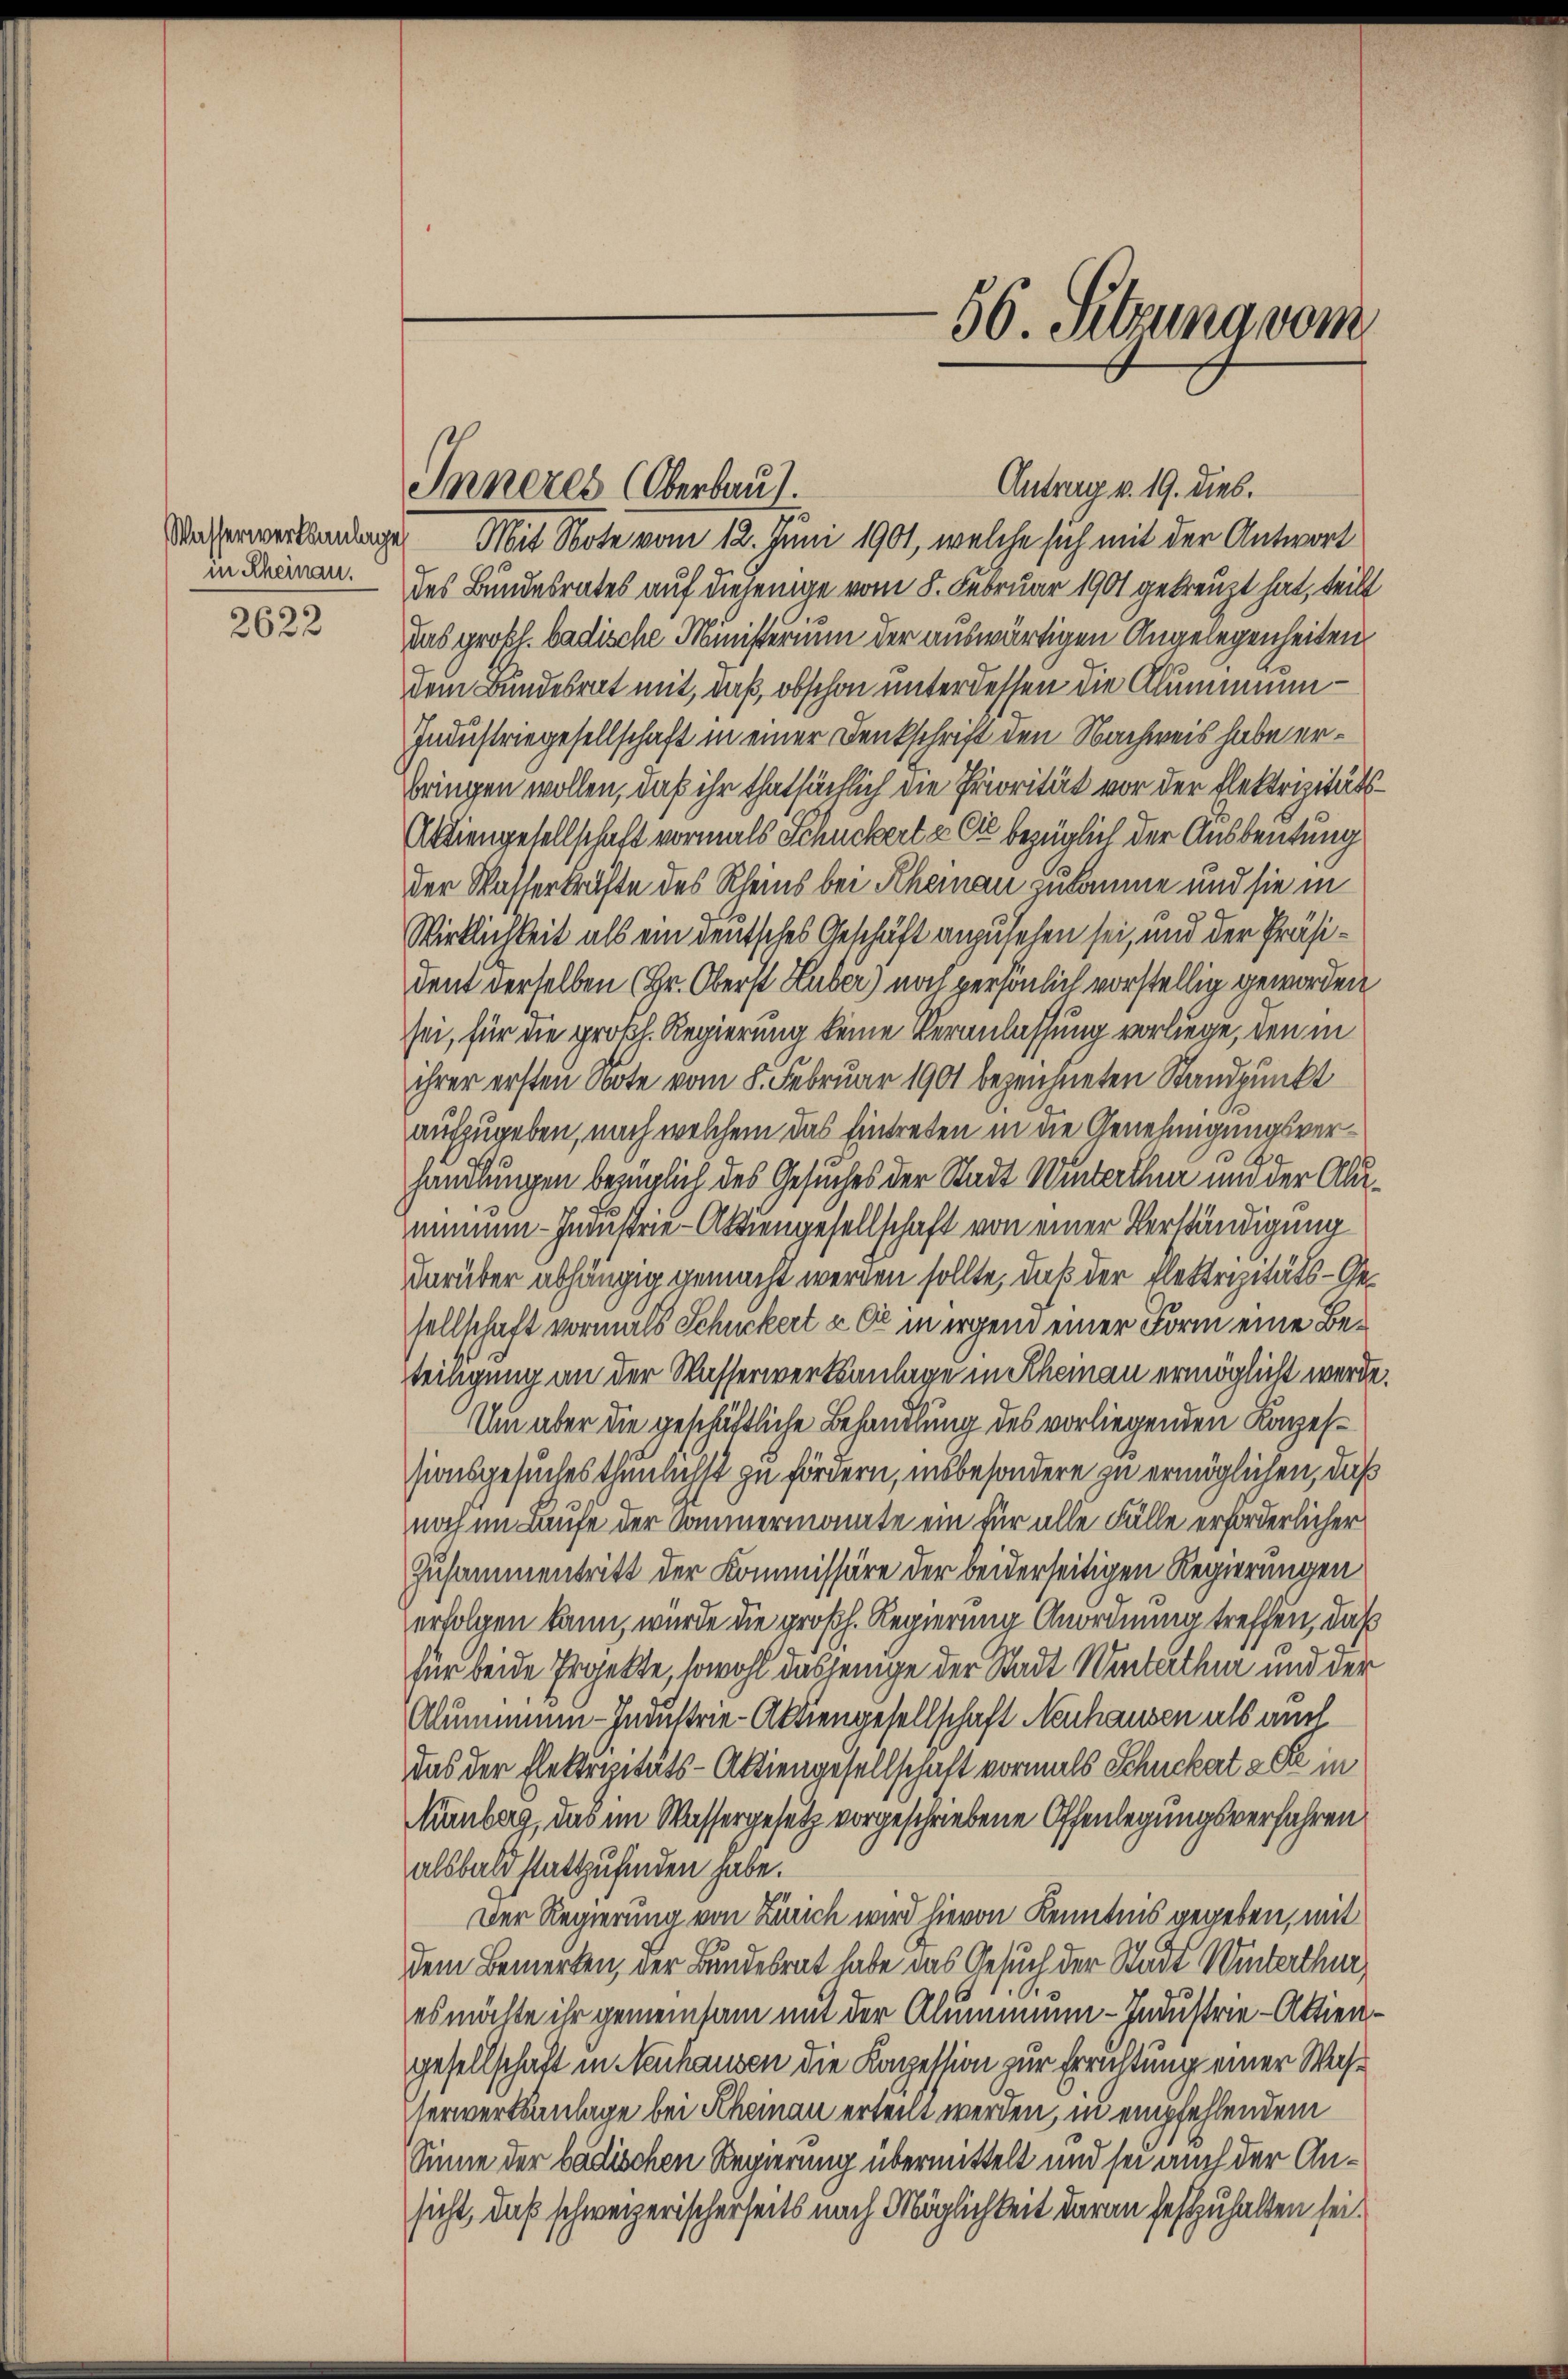
Wasserwerksanlage
in Rheinau.

2622

Inneres Oberbau.

f

Mit Note vom 12. Juni 1901, welche sich mit der Antwort
des Bundesrates auf diejenige vom 8. Februar 1901 gekreuzt hat, teilt
das großh. badische Ministerium der auswärtigen Angelegenheiten
dem Bundesrat mit, daß, obschon unter dessen die Klummenn¬
Industriegesellschaft in einer Denkschrift den Nachweis habe erbringen wollen, daß ihr thatsächlich die Priorität vor der Flektrizitäts¬
Aktiengesellschaft vormals Schuckert & Cie bezüglich der Ausbeutung
der Wasserkräfte des Rheins bei Scheman zukomme und sie in
Wirklichkeit als ein deutsches Geschäft anzusehen sei, und der Präsident derselben (Hr. Oberst Huber) noch persönlich vorstellig geworden
sei, für die prokh. Regierung keine Veranlassung vorliege, den in
ihrer ersten Note vom 8. Februar 1901 bezeichneten Standpunkt
aufzugeben, nach welchem das Eintreten in die Genehmigungsver¬
.
handlungen bezüglich des Gesuches der Stadt Winterthur um der Alumimen-Industrie-Aktiengesellschaft von einer Verständigung
darüber abhängig gemacht werden sollte, daß der Elektrizitäts-Gesellschaft vormals Schuckert u. Er in irgend einer Form eine Beteiligung an der Wasserwerksanlage in Rheinau ermöglicht werde.
Um aber die geschäftliche Behandlung des vorliegenden Kapessionsgesuches thunlichst zu fördern, insbesondere zu ermöglichen, daß
noch im Laufe der Sommermonate ein für alle Fälle erforderlicher
Zusammentritt der Kommissäre der beiderseitigen Regierungen
erfolgen kann, wurde die großh. Regierung Anordnung treffen, daß
für beide Irgekte, sowohl dasjenige der Stadt Winterthur und der
Alumnen-Industrie-Aktiengesellschaft Neuhausen als auch
das der Elektrizitäts-Aktiengesellschaft vormals Schuckert a Se in
Kanberg, das im Wassergesetz vorgeschriebene Offenlegungsverfahren
alsbald stattzufinden habe.
Der Regierung von Zürich wird hievon Kenntnis gegeben, mit
dem Bemerken, der Bundesrat habe das Gesuch der Stadt Winterthur,
es möchte ihr gemeinsam mit der Alummen-Industrie-Aktien
gesellschaft in Neuhausen die Konzession zur Errichtung einer Wasterwerksanlage bei Scheman erteilt werden, in empfehlendem
Sinne der badischen Regierung übermittelt und sei auch der Ansicht, daß schweizerischerseits nach Möglichkeit daran festzuhalten sei.

56. Setzung vom

Antrag v. 19. dies.